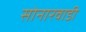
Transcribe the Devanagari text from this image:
सोनारवाडी